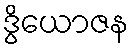
ဒွိယောဇန